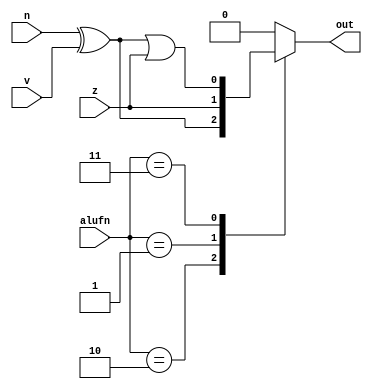
/*
   This file was generated automatically by Alchitry Labs version 1.2.1.
   Do not edit this file directly. Instead edit the original Lucid source.
   This is a temporary file and any changes made to it will be destroyed.
*/

module comparator_18 (
    input z,
    input n,
    input v,
    input [1:0] alufn,
    output reg out
  );
  
  
  
  reg i;
  reg j;
  
  always @* begin
    i = n ^ v;
    j = i | z;
    out = 1'h0;
    
    case (alufn)
      2'h2: begin
        out = i;
      end
      2'h1: begin
        out = z;
      end
      2'h3: begin
        out = j;
      end
    endcase
  end
endmodule